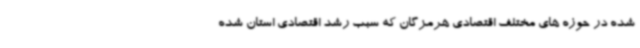
شده در حوزه های مختلف اقتصادی هرمزگان که سبب رشد اقتصادی استان شده